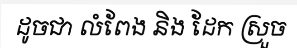
ដូចជា លំពែង និង ដែក ស្រួច